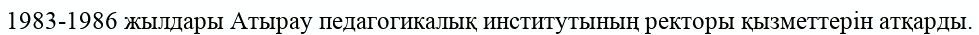
1983-1986 жылдары Атырау педагогикалық институтының ректоры қызметтерін атқарды.